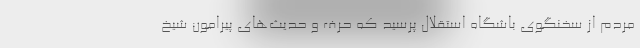
مردم از سخنگوی باشگاه استقلال پرسید که حرف و حدیث‌های پیرامون شیخ